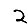
Digit: 2